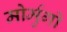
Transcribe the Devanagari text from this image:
मोर्मुगो